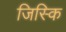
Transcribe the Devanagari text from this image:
जिस्कि